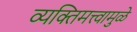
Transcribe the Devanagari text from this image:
व्यक्तिमत्त्वामुळे